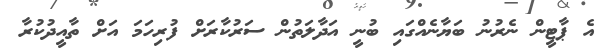
އެ ޕާޓީން ނެރުނު ބަޔާނެއްގައި ބުނީ އަދާލަތުން ސަރުކާރަށް ފުރިހަމަ އަށް ތާއީދުކުރާ